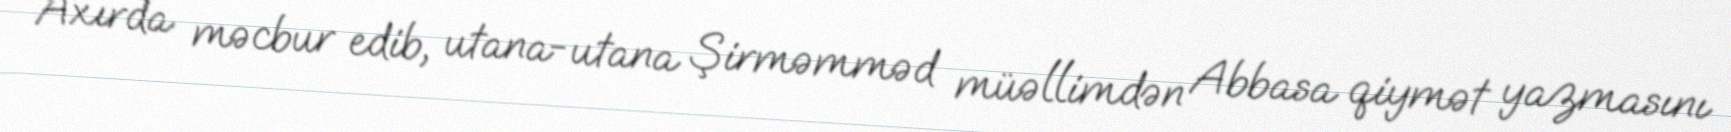
Axırda məcbur edib, utana-utana Şirməmməd müəllimdən Abbasa qiymət yazmasını